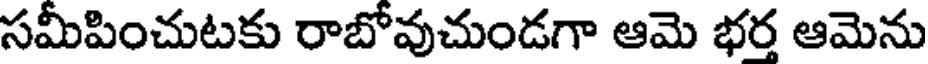
సమీపించుటకు రాబోవుచుండగా ఆమె భర్త ఆమెను